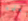
معلمه